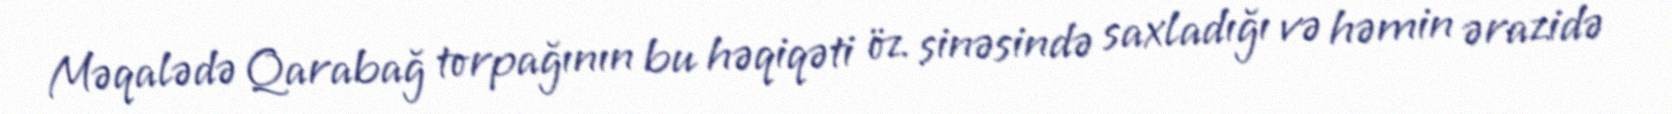
Məqalədə Qarabağ torpağının bu həqiqəti öz sinəsində saxladığı və həmin ərazidə